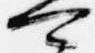
可